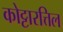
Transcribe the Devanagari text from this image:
कोट्टारत्तिल